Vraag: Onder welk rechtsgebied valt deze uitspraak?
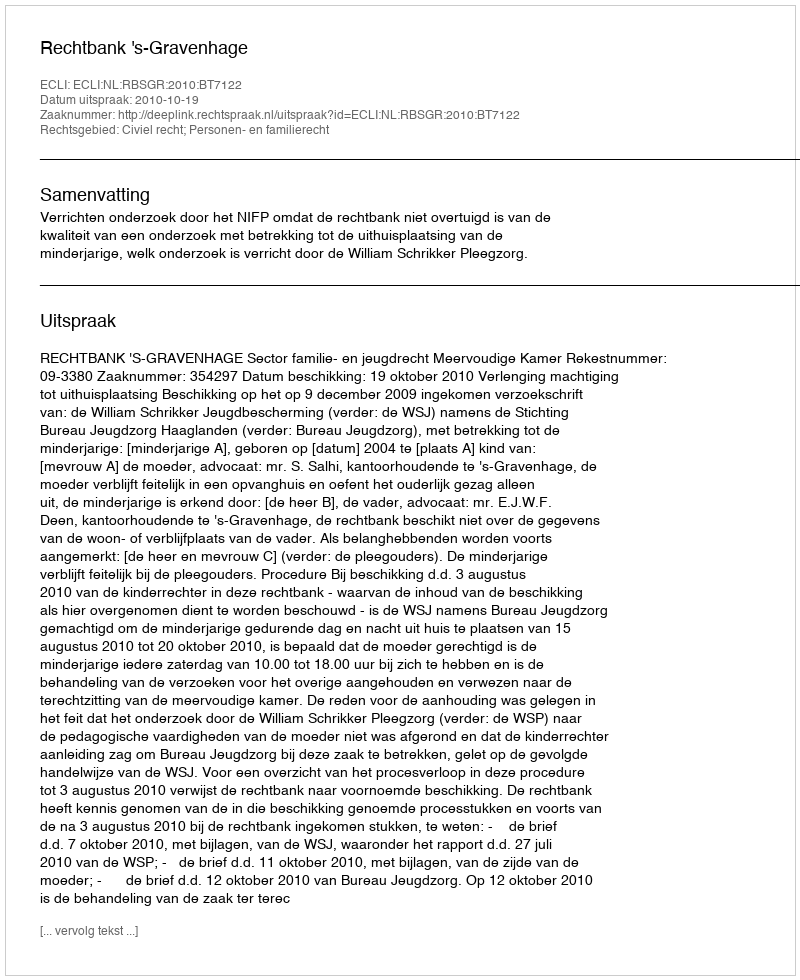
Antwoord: Civiel recht; Personen- en familierecht